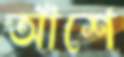
আঁশে